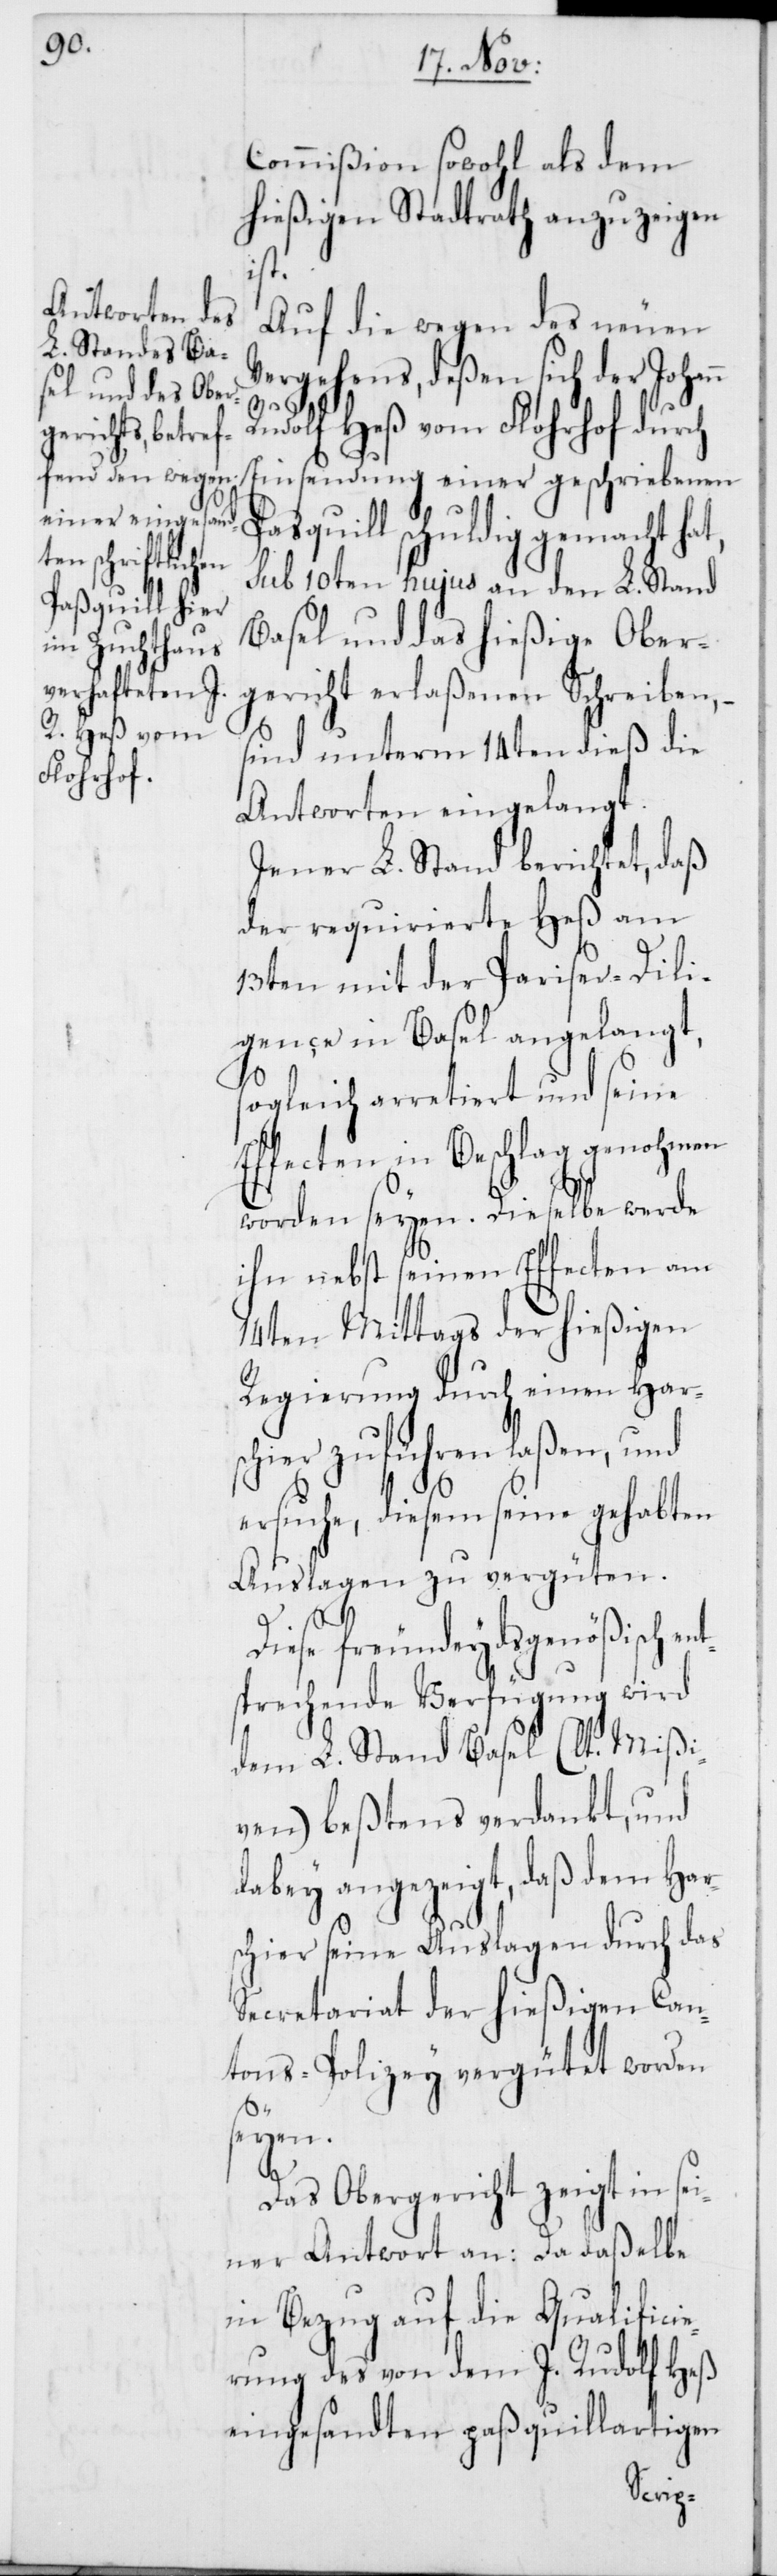
Commißion sowohl als dem
hießigen Stadtrath anzuzeigen
ist.
Auf die wegen des neuen
Vergehens, deßen sich der Johan¬
nt¬
Rudolf Heß vom Florhof durch
Einsendung einer geschriebenen
Paßquill schuldig gemacht hat,
sub 10ten hujus an den L. Stand
Basel und das hießige Ober¬
gericht erlaßenen Schreiben,
sind unterm 14ten dieß die
Antworten eingelangt.
Jener L. Stand berichtet, daß
der requirierte Heß am
13ten mit der Pariser-Dili¬
gençe in Basel angelangt,
sogleich arretiert und seine
Effecten in Beschlag genohmen
worden seyen. Dieselbe werde
ihn nebst seinen Effecten am
14ten Mittags der hießigen
Regierung durch einen Harsc¬
hier zuführen laßen, und
ersuche, diesem seine gehabten
Auslagen zu vergüten.
Diese freundeydsgenößisch e¬
sprechende Verfügung wird
dem L. Stand Basel (lt. Mißi¬
ven) beßtens verdankt, und
dabey angezeigt, daß dem Har¬
schier seine Auslagen durch das
Secretariat der hießigen Can¬
tons-Polizey vergütet worden
seyen.
Das Obergericht zeigt in se¬
iner Antwort an: Da daßelbe
in Bezug auf die Qualifici¬
erung des von dem J. Rudolf Heß
eingesandten paßquillartigen